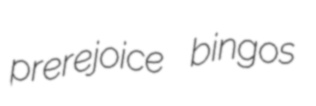
prerejoice bingos